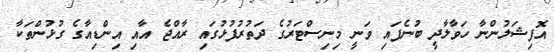
އޮފިޝަލުންނާ ހަވާލާދީ ބުނެފައި ވަނީ މިނިސްޓަރުގެ ދަތުރުފުޅުގައި ރާއްޖެ އާއި އިންޑިއާގެ ގުޅުންތަކާ